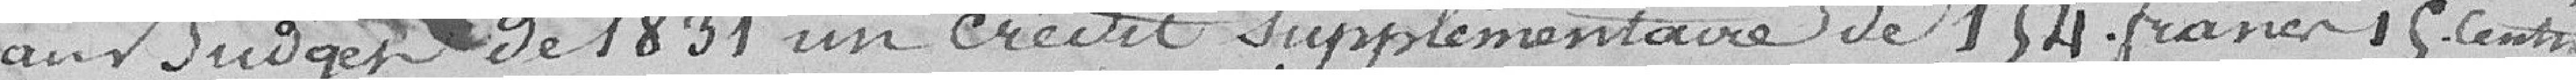
au budget de 1831 un crédit supplémentaire de 154 francs 15 cents